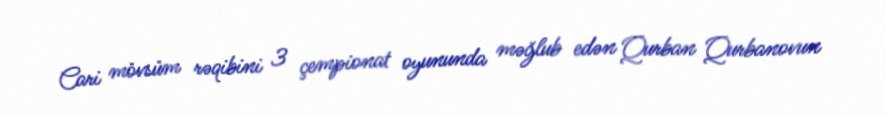
Cari mövsüm rəqibini 3 çempionat oyununda məğlub edən Qurban Qurbanovun